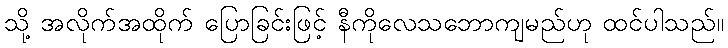
သို့ အလိုက်အထိုက် ပြောခြင်းဖြင့် နီကိုလေသဘောကျမည်ဟု ထင်ပါသည်။